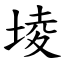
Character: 堎